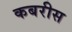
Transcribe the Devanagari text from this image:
कबरीस